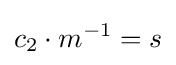
c_{2}\cdot m^{-1}=s